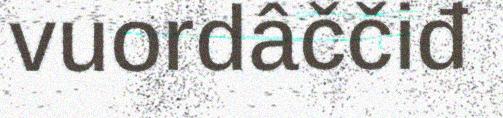
vuordâččiđ